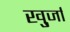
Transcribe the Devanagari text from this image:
खु्र्जा